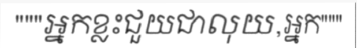
"""អ្នកខ្លះជួយជាលុយ,អ្នក"""